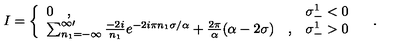
I = \left\{ \begin{array} { l l } { 0 \quad , } & { \sigma _ { - } ^ { 1 } < 0 } \\ { \sum _ { n _ { 1 } = - \infty } ^ { \infty \prime } { \frac { - 2 i } { n _ { 1 } } } e ^ { - 2 i \pi n _ { 1 } \sigma / \alpha } + { \frac { 2 \pi } { \alpha } } ( \alpha - 2 \sigma ) \quad , } & { \sigma _ { - } ^ { 1 } > 0 } \\ \end{array} \right. \quad .